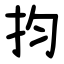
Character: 抣